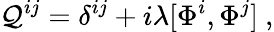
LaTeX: \mathcal{Q}^{ij}=\delta^{ij}+i\lambda[\Phi^{i},\Phi^{j}]\ ,